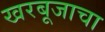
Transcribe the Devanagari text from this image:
खरबूजाचा